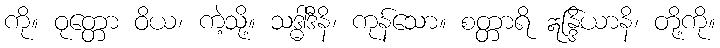
ကို။ ဝုတ္တော ဝိယ၊ ကဲ့သို့။ သဒ္ဓါဒီနိ၊ ကုန်သော။ စတ္တာရိ ဣန္ဒြိယာနိ၊ တို့ကို။